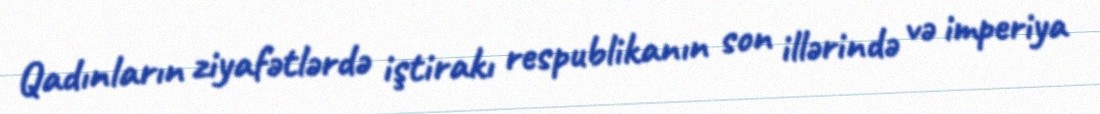
Qadınların ziyafətlərdə iştirakı respublikanın son illərində və imperiya